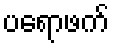
ပရောဖက်